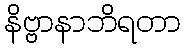
နိဗ္ဗာနာဘိရတာ